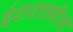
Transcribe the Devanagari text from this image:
ईशशक्तीला